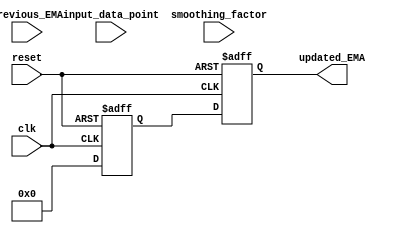
module EMA_accumulator (
    input wire clk,
    input wire reset,
    input wire [31:0] previous_EMA,
    input wire [31:0] input_data_point,
    input wire [31:0] smoothing_factor,
    output reg [31:0] updated_EMA
);

reg [31:0] intermediate_result;

// Calculation of the intermediate result
always @(posedge clk or posedge reset) begin
    if (reset) begin
        intermediate_result <= 0;
    end else begin
        intermediate_result <= ((input_data_point * smoothing_factor) + (previous_EMA * (32'h100000000 - smoothing_factor))) >> 32;
    end
end

// Updating the EMA value
always @(posedge clk or posedge reset) begin
    if (reset) begin
        updated_EMA <= 0;
    end else begin
        updated_EMA <= intermediate_result;
    end
end

endmodule